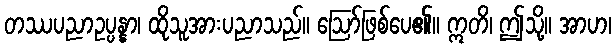
တဿပညာဥပ္ပန္နာ၊ ထိုသူအားပညာသည်။ ဩော်ဖြစ်ပေ၏။ ဣတိ၊ ဤသို့။ အာဟ၊